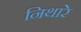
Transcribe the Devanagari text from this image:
निथारे